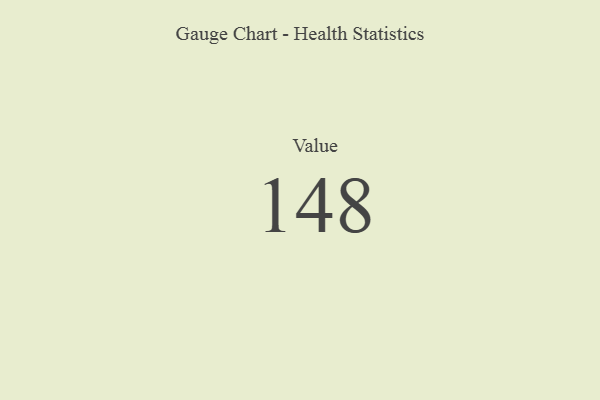
{"axis": {"x": "Metric", "y": "Value"}, "legend": [""], "data": [{"x": "Value", "y": 148, "type": ""}]}